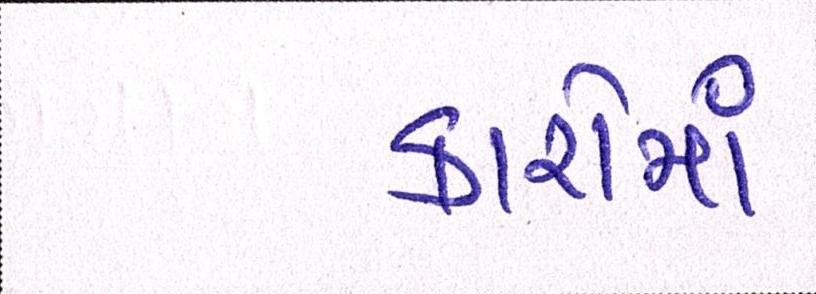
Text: કારોમાં